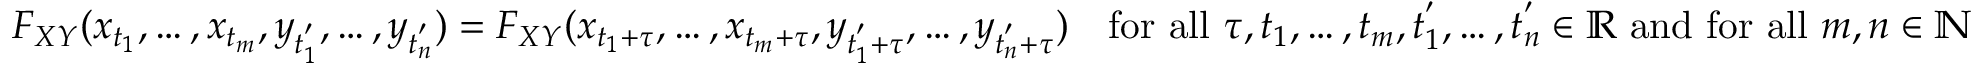
F _ { X Y } ( x _ { t _ { 1 } } , \ldots , x _ { t _ { m } } , y _ { t _ { 1 } ^ { ' } } , \ldots , y _ { t _ { n } ^ { ' } } ) = F _ { X Y } ( x _ { t _ { 1 } + \tau } , \ldots , x _ { t _ { m } + \tau } , y _ { t _ { 1 } ^ { ' } + \tau } , \ldots , y _ { t _ { n } ^ { ' } + \tau } ) \quad { \mathrm { f o r ~ a l l ~ } } \tau , t _ { 1 } , \ldots , t _ { m } , t _ { 1 } ^ { ' } , \ldots , t _ { n } ^ { ' } \in \mathbb { R } { \mathrm { ~ a n d ~ f o r ~ a l l ~ } } m , n \in \mathbb { N }